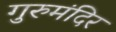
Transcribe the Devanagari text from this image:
गुरुमंदिर